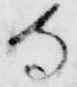
守